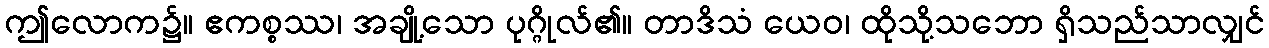
ဤလောက၌။ ဧကစ္စဿ၊ အချို့သော ပုဂ္ဂိုလ်၏။ တာဒိသံ ယေဝ၊ ထိုသို့သဘော ရှိသည်သာလျှင်